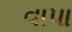
વાપા